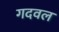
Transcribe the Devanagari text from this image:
गदवल